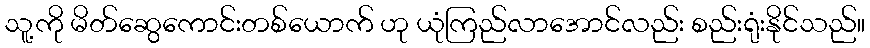
သူ့ကို မိတ်ဆွေကောင်းတစ်ယောက် ဟု ယုံကြည်လာအောင်လည်း စည်းရုံးနိုင်သည်။